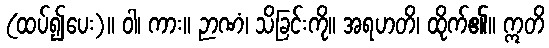
(ထပ်၍ပေး)။ ဝါ၊ ကား။ ဉာဏံ၊ သိခြင်းကို။ အရဟတိ၊ ထိုက်၏။ ဣတိ